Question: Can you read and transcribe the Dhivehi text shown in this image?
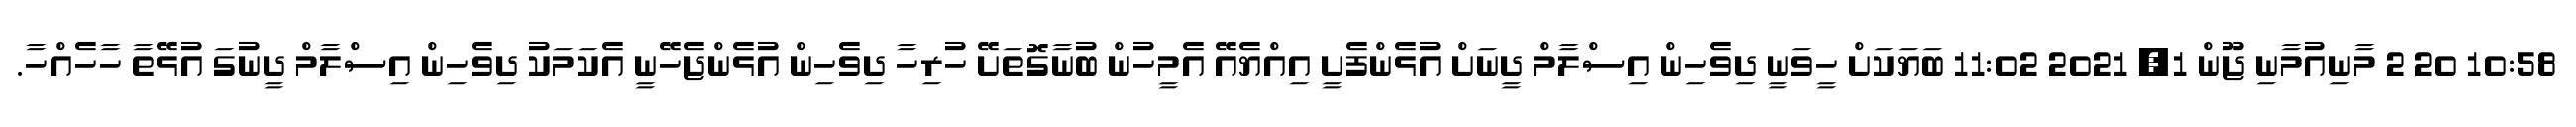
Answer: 10:58 20 2 މާނިއުމާނި ޖޫން 1, 2021 11:02 ބަޔަކަށް ހީވަނީ ދިވެހިން އިސްލާމް ދީނަށް އުޅެންފެށީ އިއްޔެއޭ އެމީހުން ބުނާގޮތަށޭ ހުރިހާ ދިވެހިން އުޅެންޖެހޭނީ އެކަމަކު ދިވެހިން އިސްލާމް ދީނުގަ އުޅޭތާ ހާހެއްހާ.